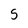
Character: s